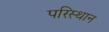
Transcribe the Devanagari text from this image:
परिस्थान